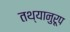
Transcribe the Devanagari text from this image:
तथ्यानुरूप